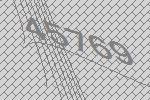
45769